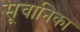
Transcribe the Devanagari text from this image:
सूचानिका